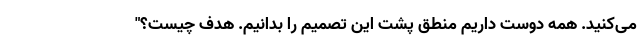
می‌کنید. همه دوست داریم منطق پشت این تصمیم را بدانیم. هدف چیست؟"